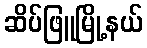
ဆိပ်ဖြူမြို့နယ်